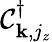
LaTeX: \mathcal{C}_{{\mathbf{k}},j_{z}}^{\dagger}